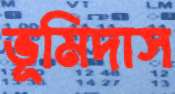
ভূমিদাস